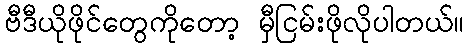
ဗီဒီယိုဖိုင်တွေကိုတော့ မှီငြမ်းဖိုလိုပါတယ်။